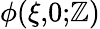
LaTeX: \phi(\xi,\! 0;\! \mathbb{Z})